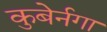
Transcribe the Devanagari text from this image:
कुबेर्नगा